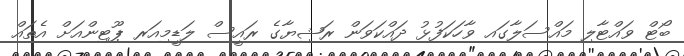
ބޯޓް ވައްޓާލި މައްސަލާގައ ވާހަކަފުޅު ދައްކަވަން ރަޝިޔާގެ ރައީސް ލަޑީމިއަރ ޕޫޓިންއަށް އެތައް